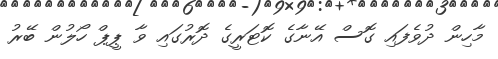
މާހިން ދުވެފައި ގޮސް އޭނާގެ ކޮޓަރީގެ ދޮރުގައި ވާ ޕީޕް ހޯލުން ބޭރު